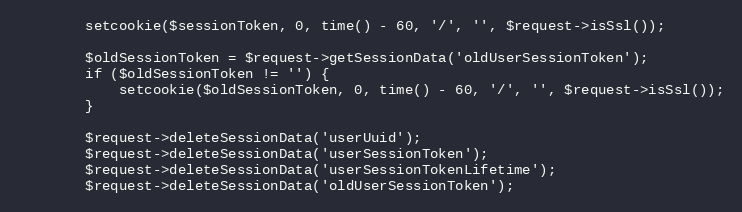
Language: PHP
        setcookie($sessionToken, 0, time() - 60, '/', '', $request->isSsl());

        $oldSessionToken = $request->getSessionData('oldUserSessionToken');
        if ($oldSessionToken != '') {
            setcookie($oldSessionToken, 0, time() - 60, '/', '', $request->isSsl());
        }

        $request->deleteSessionData('userUuid');
        $request->deleteSessionData('userSessionToken');
        $request->deleteSessionData('userSessionTokenLifetime');
        $request->deleteSessionData('oldUserSessionToken');